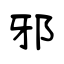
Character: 邪